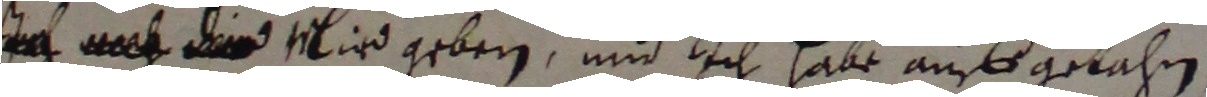
aa mird geben und ich hale auffgelahn,